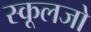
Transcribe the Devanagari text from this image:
स्कूलजो